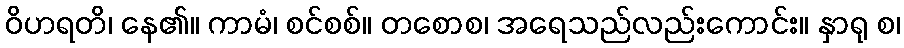
ဝိဟရတိ၊ နေ၏။ ကာမံ၊ စင်စစ်။ တစောစ၊ အရေသည်လည်းကောင်း။ နှာရု စ၊